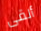
ألقى